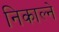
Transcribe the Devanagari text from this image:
निकाल्ने